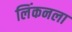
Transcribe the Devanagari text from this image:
लिंकनला